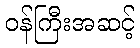
ဝန်ကြီးအဆင့်